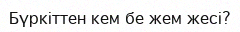
Бүркіттен кем бе жем жесі?